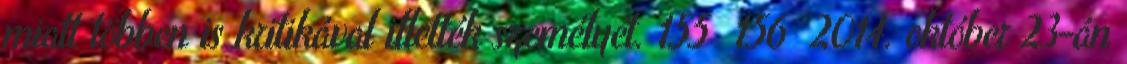
miatt többen is kritikával illették személyét. 155 156 2014. október 23-án